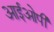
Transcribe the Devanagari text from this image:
आईओपी